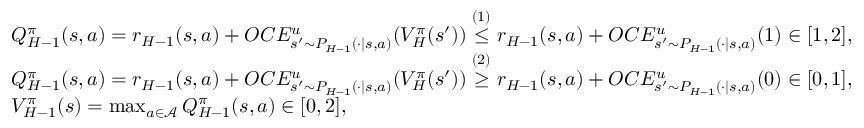
\begin{array} { r l } & { Q _ { H - 1 } ^ { \pi } ( s , a ) = r _ { H - 1 } ( s , a ) + O C E _ { s ^ { \prime } \sim P _ { H - 1 } ( \cdot \vert s , a ) } ^ { u } ( V _ { H } ^ { \pi } ( s ^ { \prime } ) ) \overset { ( 1 ) } { \leq } r _ { H - 1 } ( s , a ) + O C E _ { s ^ { \prime } \sim P _ { H - 1 } ( \cdot \vert s , a ) } ^ { u } ( 1 ) \in [ 1 , 2 ] , } \\ & { Q _ { H - 1 } ^ { \pi } ( s , a ) = r _ { H - 1 } ( s , a ) + O C E _ { s ^ { \prime } \sim P _ { H - 1 } ( \cdot \vert s , a ) } ^ { u } ( V _ { H } ^ { \pi } ( s ^ { \prime } ) ) \overset { ( 2 ) } { \geq } r _ { H - 1 } ( s , a ) + O C E _ { s ^ { \prime } \sim P _ { H - 1 } ( \cdot \vert s , a ) } ^ { u } ( 0 ) \in [ 0 , 1 ] , } \\ & { V _ { H - 1 } ^ { \pi } ( s ) = \operatorname* { m a x } _ { a \in \mathcal { A } } Q _ { H - 1 } ^ { \pi } ( s , a ) \in [ 0 , 2 ] , } \end{array}